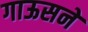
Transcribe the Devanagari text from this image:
गाऊसने